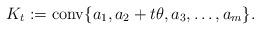
LaTeX: \begin{align*} K_t := {\rm conv}\{a_1, a_2+t\theta, a_3, \ldots, a_m\}. \end{align*}